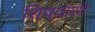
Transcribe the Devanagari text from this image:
शिष्यांशी